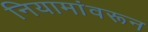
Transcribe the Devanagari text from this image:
नियामांवरून